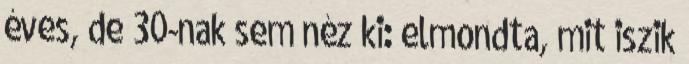
éves, de 30-nak sem néz ki: elmondta, mit iszik